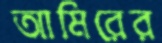
আমিরের